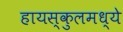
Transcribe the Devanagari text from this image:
हायस्कुलमध्ये